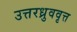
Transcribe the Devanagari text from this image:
उत्तरध्रुववृत्त